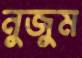
নুজুম